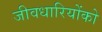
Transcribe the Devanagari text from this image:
जीवधारियोंको